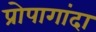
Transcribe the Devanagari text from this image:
प्रोपागांदा